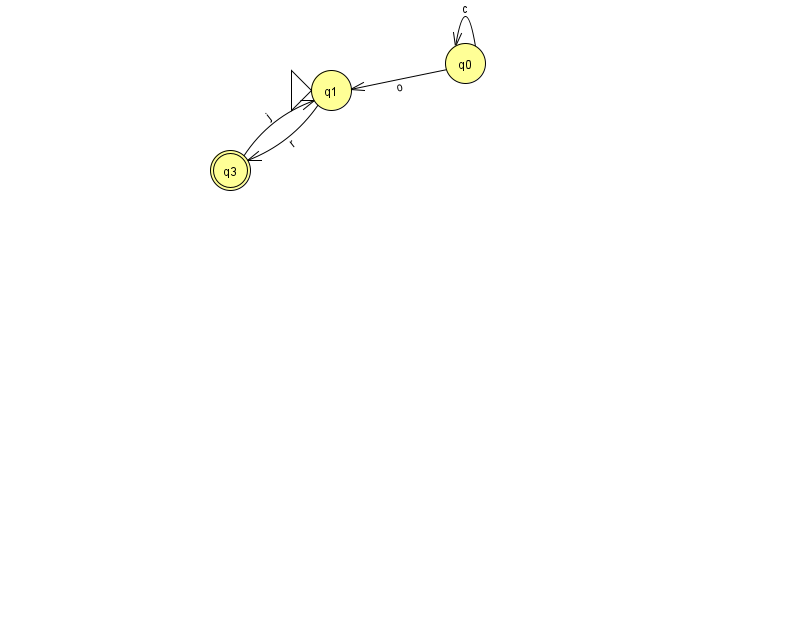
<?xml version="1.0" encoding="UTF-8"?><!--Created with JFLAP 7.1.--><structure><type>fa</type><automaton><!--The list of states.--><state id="0" name="q0"><x>465.0</x><y>50.0</y></state><state id="1" name="q1"><x>331.0</x><y>77.0</y><initial/></state><state id="3" name="q3"><x>230.0</x><y>157.0</y><final/></state><!--The list of transitions.--><transition><from>0</from><to>0</to><read>c</read></transition><transition><from>1</from><to>3</to><read>r</read></transition><transition><from>0</from><to>1</to><read>o</read></transition><transition><from>3</from><to>1</to><read>j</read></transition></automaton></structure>